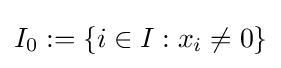
I_{0}:=\left\{i\in I:x_{i}\neq 0\right\}